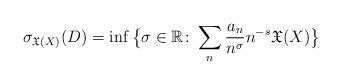
LaTeX: \begin{align*} \sigma_{\mathfrak{X}(X)}(D) = \inf \big\{ \sigma \in \mathbb{R} \colon \sum_{n} \frac{a_{n}}{n^{\sigma}} n^{-s} \mathfrak{X}(X) \big\} \,\end{align*}